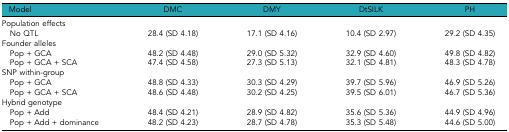
<table><thead><tr><td><b>Model</b></td><td><b>DMC</b></td><td><b>DMY</b></td><td><b>DtSILK</b></td><td><b>PH</b></td></tr></thead><tbody><tr><td>Population effects</td><td></td><td></td><td></td><td></td></tr><tr><td> No QTL</td><td>28.4 (SD 4.18)</td><td>17.1 (SD 4.16)</td><td>10.4 (SD 2.97)</td><td>29.2 (SD 4.35)</td></tr><tr><td>Founder alleles</td><td></td><td></td><td></td><td></td></tr><tr><td> Pop + GCA</td><td>48.2 (SD 4.48)</td><td>29.0 (SD 5.32)</td><td>32.9 (SD 4.60)</td><td>49.8 (SD 4.82)</td></tr><tr><td> Pop + GCA + SCA</td><td>47.4 (SD 4.58)</td><td>27.3 (SD 5.13)</td><td>32.1 (SD 4.81)</td><td>48.3 (SD 4.78)</td></tr><tr><td>SNP within-group</td><td></td><td></td><td></td><td></td></tr><tr><td> Pop + GCA</td><td>48.8 (SD 4.33)</td><td>30.3 (SD 4.29)</td><td>39.7 (SD 5.96)</td><td>46.9 (SD 5.26)</td></tr><tr><td> Pop + GCA + SCA</td><td>48.6 (SD 4.48)</td><td>30.2 (SD 4.25)</td><td>39.5 (SD 6.01)</td><td>46.7 (SD 5.36)</td></tr><tr><td>Hybrid genotype</td><td></td><td></td><td></td><td></td></tr><tr><td> Pop + Add</td><td>48.4 (SD 4.21)</td><td>28.9 (SD 4.82)</td><td>35.6 (SD 5.36)</td><td>44.9 (SD 4.96)</td></tr><tr><td> Pop + Add + dominance</td><td>48.2 (SD 4.23)</td><td>28.7 (SD 4.78)</td><td>35.3 (SD 5.48)</td><td>44.6 (SD 5.00)</td></tr></tbody></table>